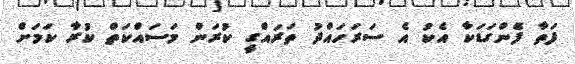
ފަތާ ފެންގަޑަކާ އެކު އެ ސަރަހައްދު ތަރައްގީ ކުރަން މަސައްކަތް ކުރާ ކަމަށް